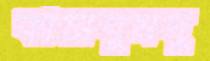
কাঁচাঘুমদু